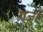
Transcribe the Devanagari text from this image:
राजां